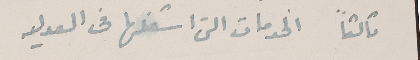
ثالثاً الخدمات التى اشغلها فى العدليه